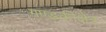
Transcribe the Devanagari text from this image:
गण्डकीक्षेत्र